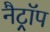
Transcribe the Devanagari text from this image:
नैट्रॉप